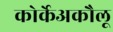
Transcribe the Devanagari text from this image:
कोर्केअकौलू